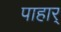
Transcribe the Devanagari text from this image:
पाहार्